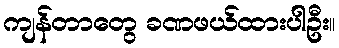
ကျန်တာတွေ ခဏဖယ်ထားပါဦး။